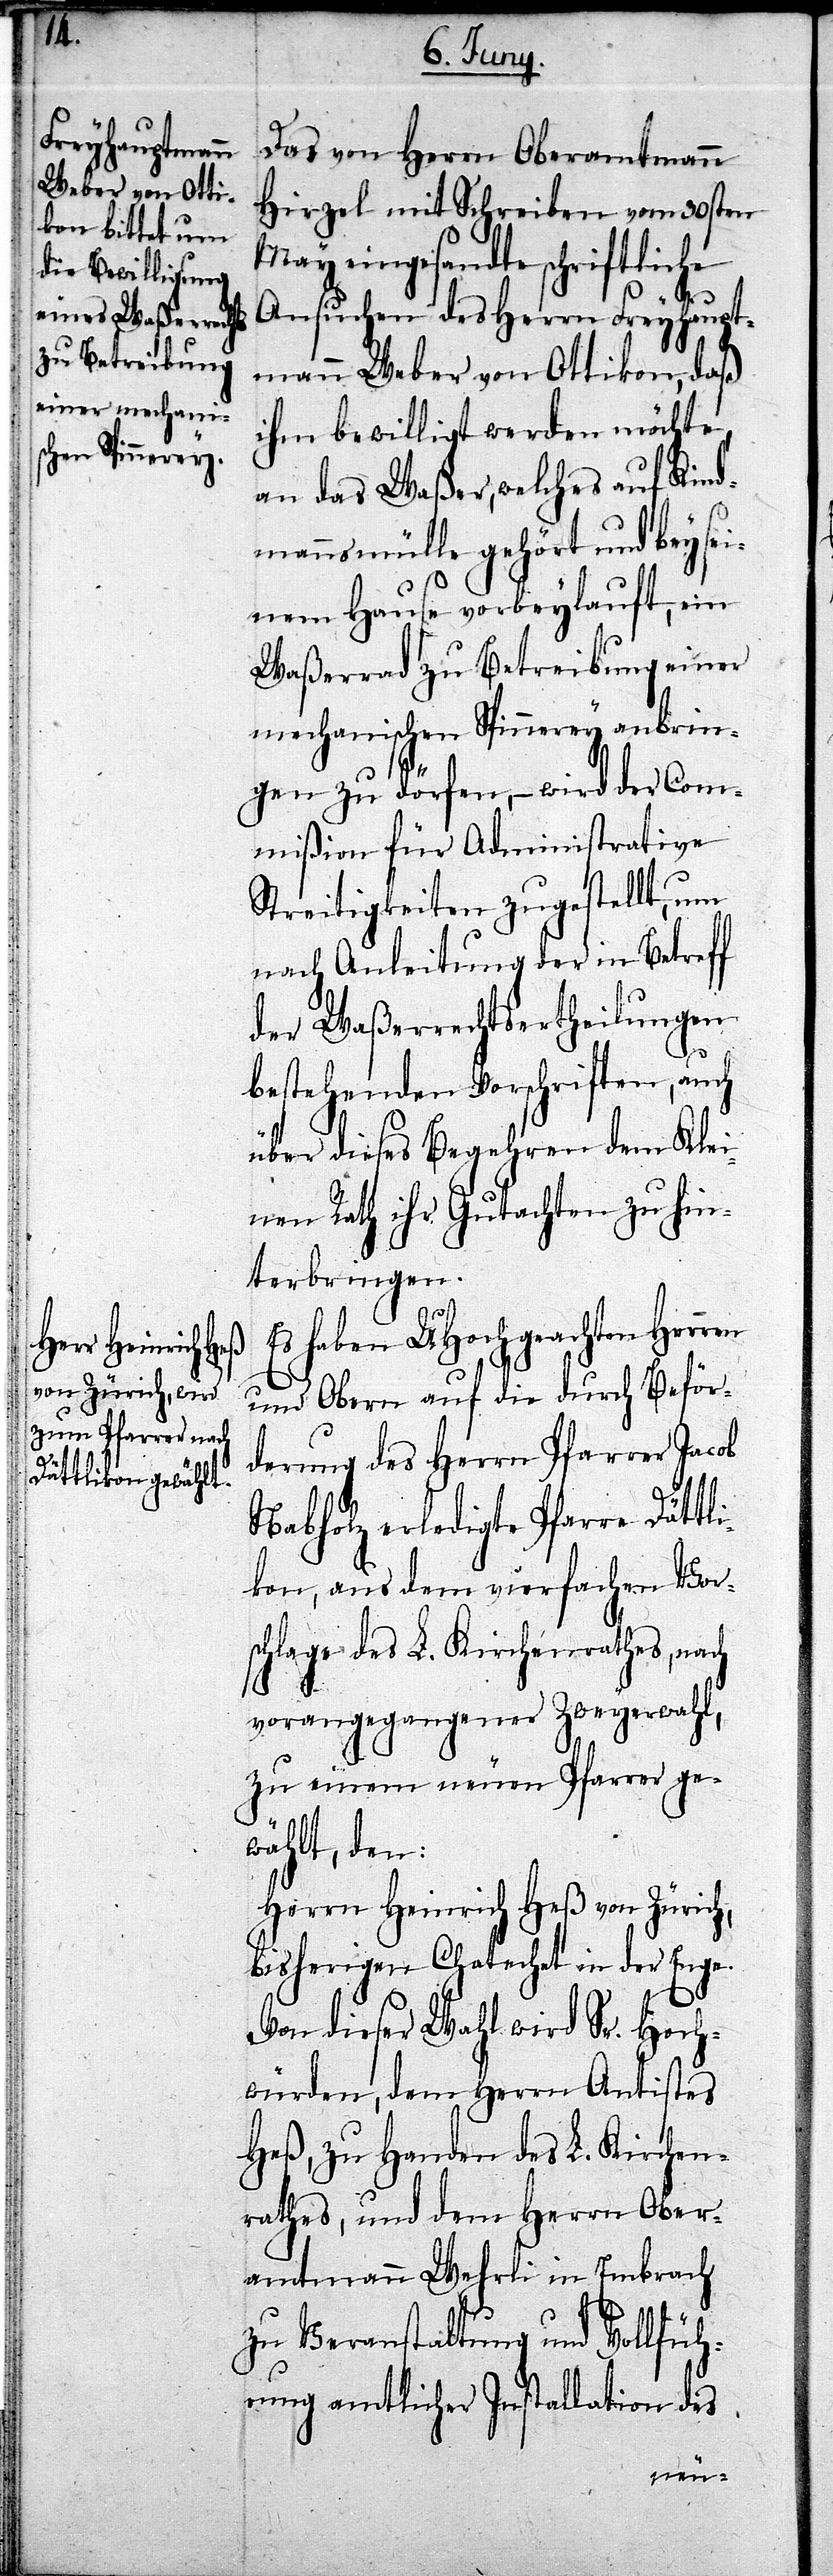
Das von Herrn Oberamtmann
Hirzel mit Schreiben vom 30sten
May eingesandte schriftliche
Ansuchen des Herrn Feyhaupt¬
mann Weber von Ottikon, daß
ihm bewilligt werden möchte,
an das Waßer, welches auf Kind¬
mannsmülle gehört und bey sei¬
nem Hause vorbeylauft, ein
Waßerrad zu Betreibung einer
mechanischen Spinnerey anbrin¬
gen zu dörfen, – wird der Com¬
mißion für Administrative
Streitigkeiten zugestellt, um
nach Anleitung der in Betreff
der Waßerrechtsertheilungen
bestehenden Vorschriften, auch
über dieses Begehren dem Klei¬
nen Rath ihr Gutachten zu hin¬
terbringen.
Es haben UHochgeachten Herren
und Obern auf die durch Beför¬
derung des Herrn Pfarrer Jacob
Nabholz erledigte Pfarre Dättl¬
ikon, aus dem vierfachen Vor¬
schlage des L. Kirchenrathes, nach
vorangegangener Zweyerwahl,
zu einem neuen Pfarrer ge¬
wählt, den:
Herrn Heinrich Heß von Zürich,
bisherigen Chatachet in der Enge.
Von dieser Wahl wird Sr. Hoch¬
würden, dem Herrn Antistes
Heß, zu Handen des L. Kirchen¬
rathes, und dem Herrn Ober¬
amtmann Wehrli in Embrach
zu Veranstaltung und Vollfüh¬
rung amtlicher Installation des